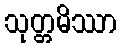
သုတ္တမိဿာ